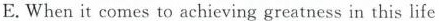
E.When it comes to achieving greatness in this life